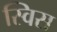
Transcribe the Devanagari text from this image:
स्‍विस